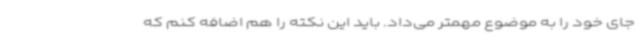
جای خود را به موضوع مهمتر می‌داد. باید این نکته را هم اضافه کنم که